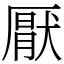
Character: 厭